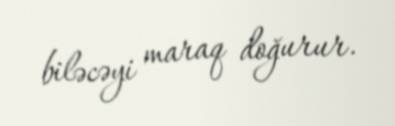
biləcəyi maraq doğurur.